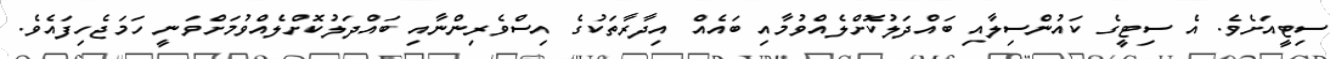
ސިޓީއަށެވެ. އެ ސިޓީގެ ކައުންސިލާއި ބައްދަލުކޮށްލެއްވުމާއި ބައެއް އިދާރާތަކުގެ އިސްވެރިންނާއި ބައްދަލުކޮށްލެއްވުމަށްވަނީ ހަމަޖެހިފައެވެ.